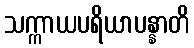
သက္ကာယပရိယာပန္နာတိ